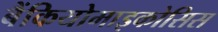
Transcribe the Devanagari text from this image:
बैंकियोमाइकोसिस